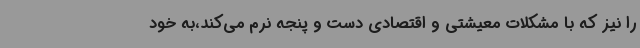
را نیز که با مشکلات معیشتی و اقتصادی دست و پنجه نرم می‌کند،به خود